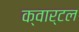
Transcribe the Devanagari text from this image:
क्वार्टल